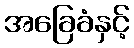
အခြေခံနှင့်